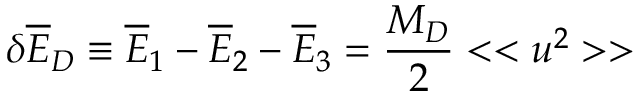
\delta { \overline { { E } } } _ { D } \equiv { \overline { { E } } } _ { 1 } - { \overline { { E } } } _ { 2 } - { \overline { { E } } _ { 3 } } = { \frac { M _ { D } } { 2 } } < < u ^ { 2 } > >